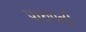
પાઇપની